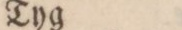
Tyg